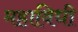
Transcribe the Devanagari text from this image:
महाविधी